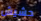
حشيش